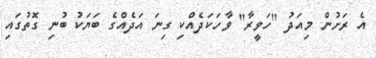
އެ ރަށުން މިއަދު "ހަވީރާ" ވާހަކަދެއްކި ގިނަ އަދެއްގެ ބަޔަކު ބުނި ގޮތުގައި